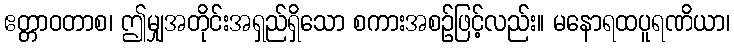
ဧတ္တာဝတာစ၊ ဤမျှအတိုင်းအရှည်ရှိသော စကားအစဉ်ဖြင့်လည်း။ မနောရထပူရဏိယာ၊